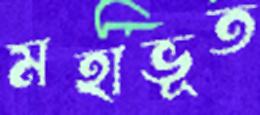
মহাভূত